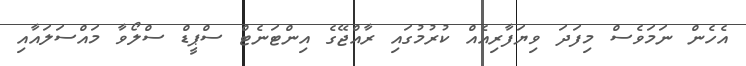
އެހެން ނަމަވެސް މިފަދަ ވިޔަފާރިއެއް ކުރުމުގައި ރާއްޖޭގެ އިންޓަނެޓް ސްޕީޑް ސްލޯވާ މައްސަލައާއި